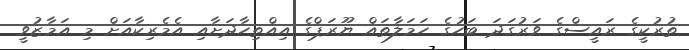
ތުރުކީގެ ރައީސްގެ ވަރުގަދަ ބަހުގެ ހަމަލާތައް ޔޫރަޕްގެ އިއްތިހާދަށާއި އެމެރިކާއަށް މި އަމާޒުވީ